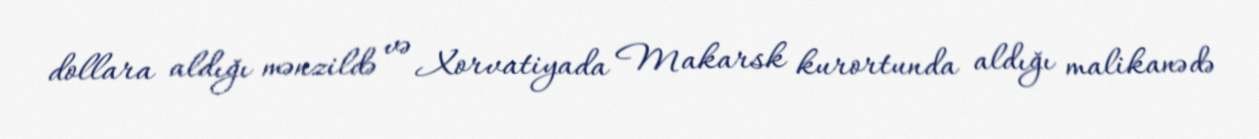
dollara aldığı mənzildə və Xorvatiyada Makarsk kurortunda aldığı malikanədə